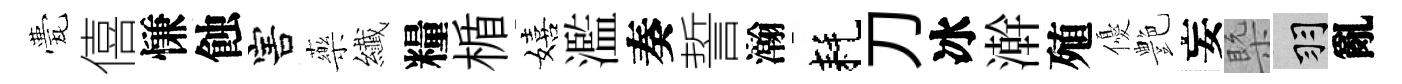
甍僖慊蝕害藥纎糧楯嬉濫奏誓瀚耗刀冰澣殖優艶妄槩羽亂